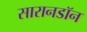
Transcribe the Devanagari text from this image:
सारानडॉन